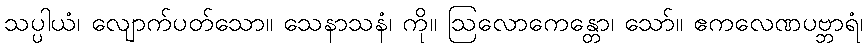
သပ္ပါယံ၊ လျောက်ပတ်သော။ သေနာသနံ၊ ကို။ ဩလောကေန္တော၊ သော်။ ဧကလေဏပဗ္ဘာရံ၊